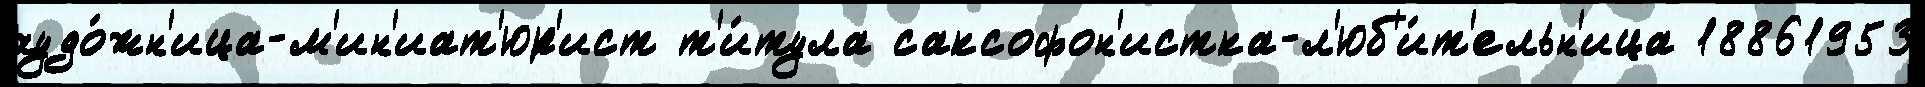
худо́жн'ица-м'ин'иат'юр'ист т'и́тула саксофон'истка-л'юб'и́т'ельн'ица 18861953